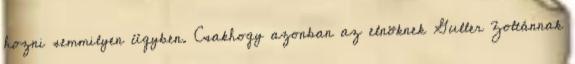
hozni semmilyen ügyben. Csakhogy azonban az elnöknek Guller Zoltánnak